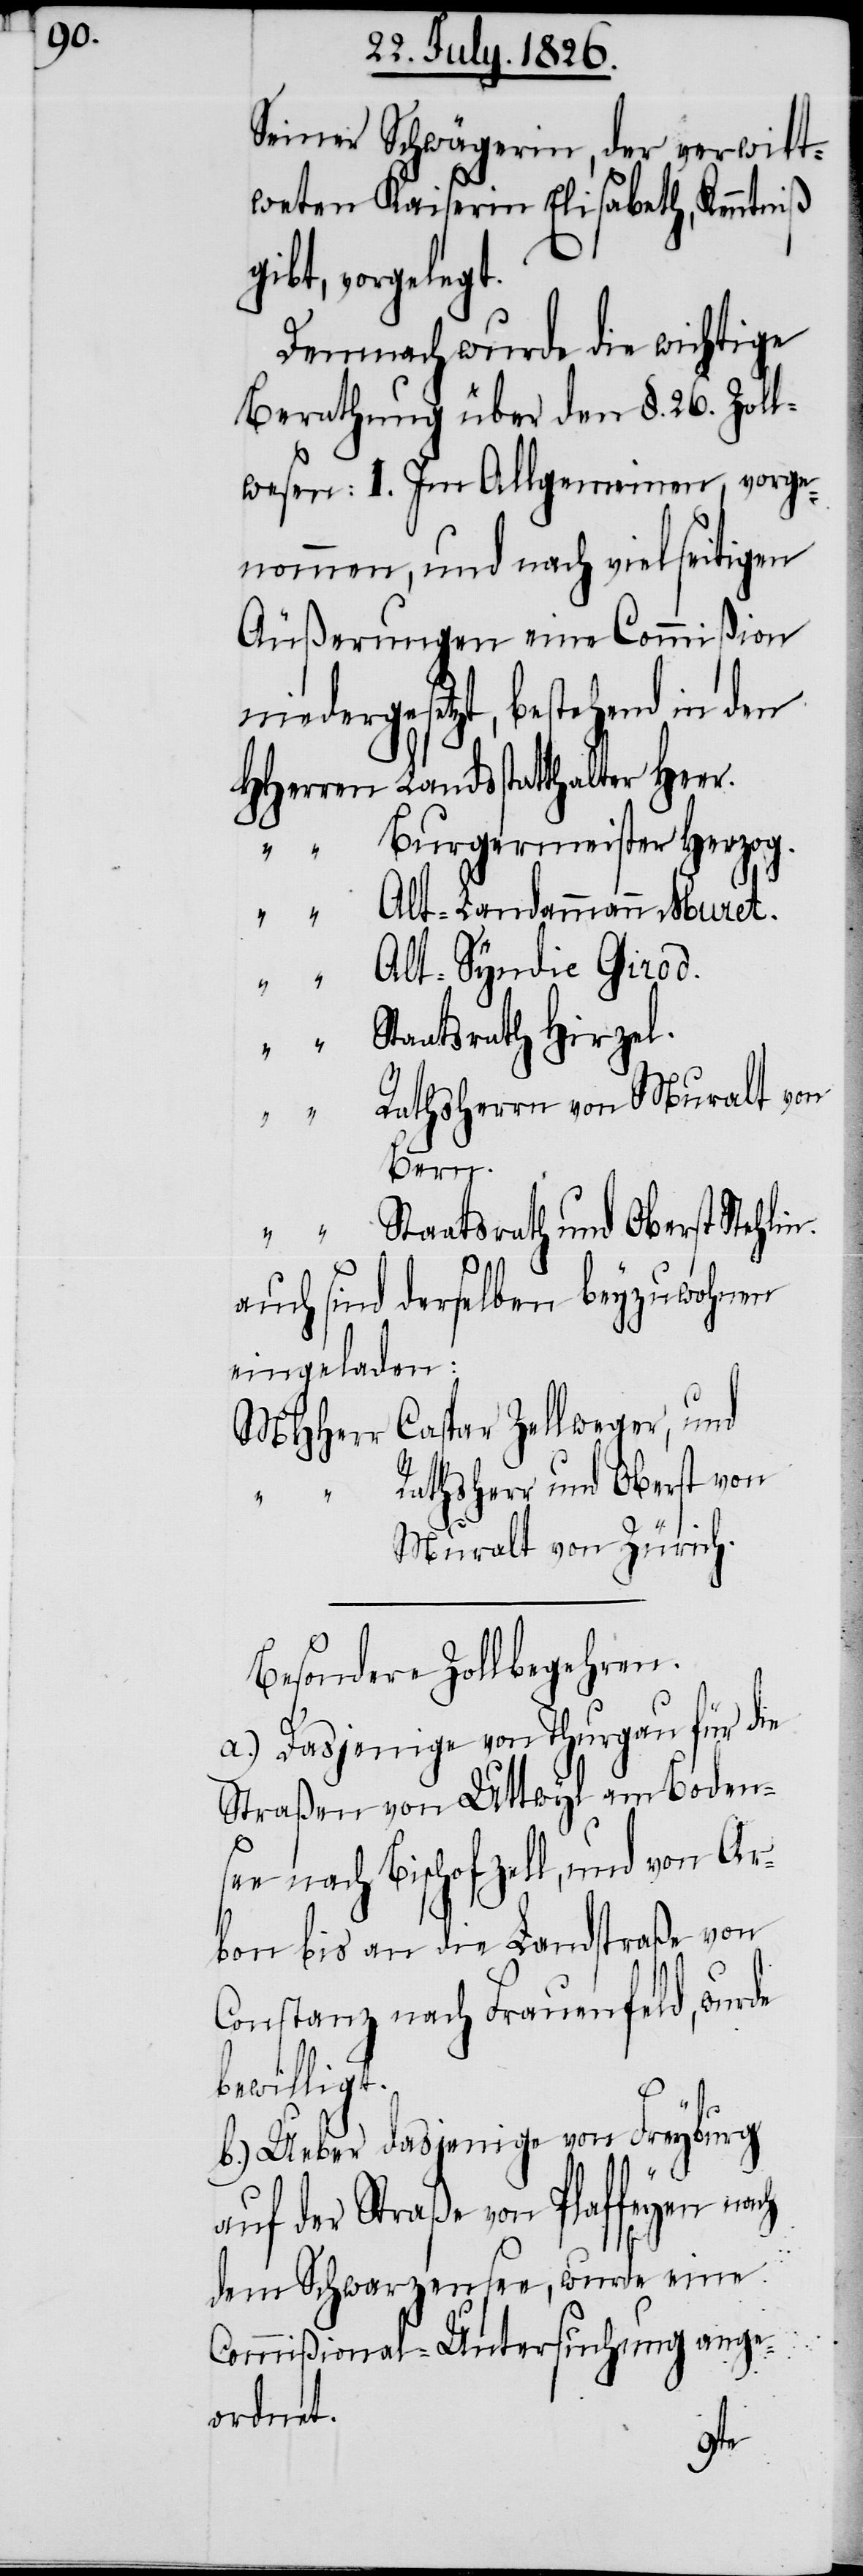
Seiner Schwägerin, der verwitt¬
weten Kaiserin Elisabeth, Kenntniß
gibt, vorgelegt.
Demnach wurde die wichtige
Berathung über den §. 26. Zoll¬
wesen: I. Im Allgemeinen, vorge¬
nommen, und nach vielseitigen
Äußerungen eine Commißion
niedergesetzt, bestehend in den
HHerren 	Landestatthalter Heer.
“	Burgermeister Herzog.
“	Alt-Landammann Muret.
“	Alt-Syndic Girod.
taatsrath Hirzel.
athsherrn von Muralt von
Bern.
“	Staatsrath und Oberst Stehlin.
auch sind derselben beyzuwohnen
eingeladen:
MHHerr	Caspar Zellweger, und
“	Rathsherr und Oberst von
Muralt von Zürich.
Besondere Zollbegehren.
a.) Dasjenige von Thurgau für die
Straßen von Uttwyl am Boden¬
se¬
e nach Bischofzell, und von Ar¬
bon bis an die Landstraße von
Constanz nach Frauenfeld, wurde
bewilligt.
b.) Ueber dasjenige von Freyburg
auf der Straße von Plaffeyen nach
dem Schwarzensee, wurde eine
Commißional-Untersuchung ange¬
ordnet.
“	R¬